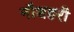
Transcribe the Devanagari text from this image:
नौशहरी